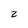
Character: 2